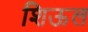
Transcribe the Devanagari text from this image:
शिऊल